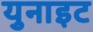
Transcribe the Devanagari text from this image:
युनाइट